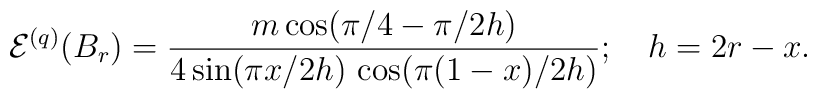
\mathcal{E}^{(q)}(B_{r})=\frac{m\cos (\pi /4-\pi /2h)}{4\sin (\pi x/2h)\,\cos(\pi (1-x)/2h)};\quad h=2r-x.